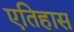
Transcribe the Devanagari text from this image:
एतिहास